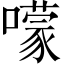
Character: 𡁏